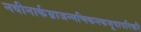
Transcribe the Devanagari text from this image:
नवीनार्कभ्राजन्मणिकनकभूषापरिकरै